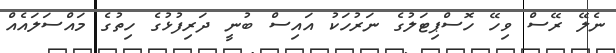
ނެލޭ ރޭސް ވިހޭ ހޮސްޕިޓަލުގެ ނަރުހަކު އައިސް ބުނީ ދަރިފުޅުގެ ހިތުގެ މައްސަލައެއް